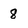
Character: 8